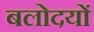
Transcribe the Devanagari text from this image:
बलोदयों